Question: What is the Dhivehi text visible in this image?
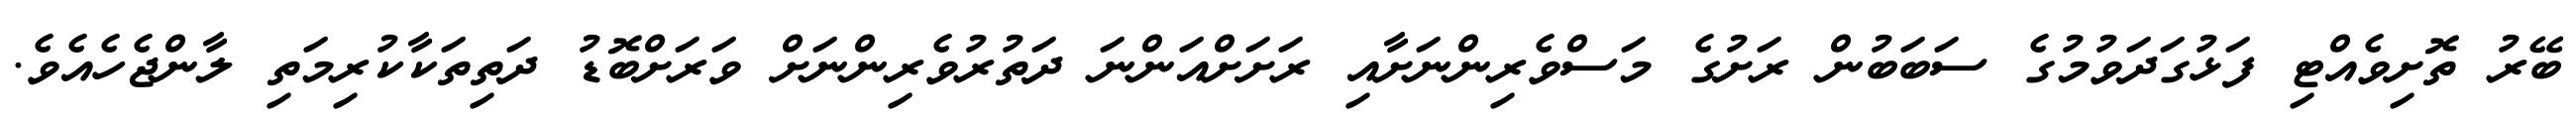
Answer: ބޭރު ތޮށިވެއްޓި ފަޅުގަދަވުމުގެ ސަބަބުން ރަށުގެ މަސްވެރިންނަށާއި ރަށަށްއަންނަ ދަތުރުވެރިންނަށް ވަރަށްބޮޑު ދަތިތަކާކުރިމަތި ލާންޖެހެއެވެ.